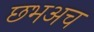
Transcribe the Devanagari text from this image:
छभअच